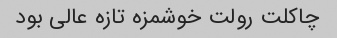
چاکلت رولت خوشمزه تازه عالی بود